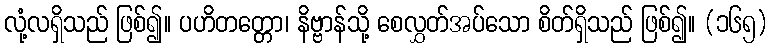
လုံ့လရှိသည် ဖြစ်၍။ ပဟိတတ္တော၊ နိဗ္ဗာန်သို့ စေလွှတ်အပ်သော စိတ်ရှိသည် ဖြစ်၍။ (၁၆၅)